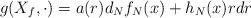
LaTeX: \begin{align*}g(X_f,\cdot)=a(r)d_Nf_N(x)+h_N(x)rdr\end{align*}